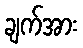
ချက်အား